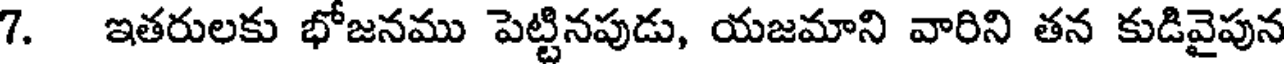
7. ఇతరులకు భోజనము పెట్టినపుడు, యజమాని వారిని తన కుడివైపున